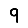
Digit: 9